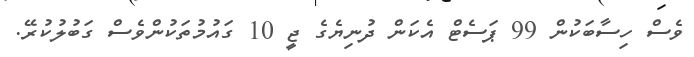
ވެސް ހިސާބަކުން 99 ޕަސެޓް އެކަން ދުނިޔެގެ ޖީ 10 ގައުމުތަކުންވެސް ގަބުލުކުރޭ.